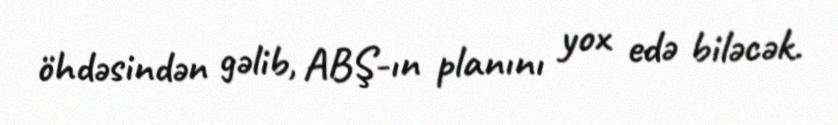
öhdəsindən gəlib, ABŞ-ın planını yox edə biləcək.